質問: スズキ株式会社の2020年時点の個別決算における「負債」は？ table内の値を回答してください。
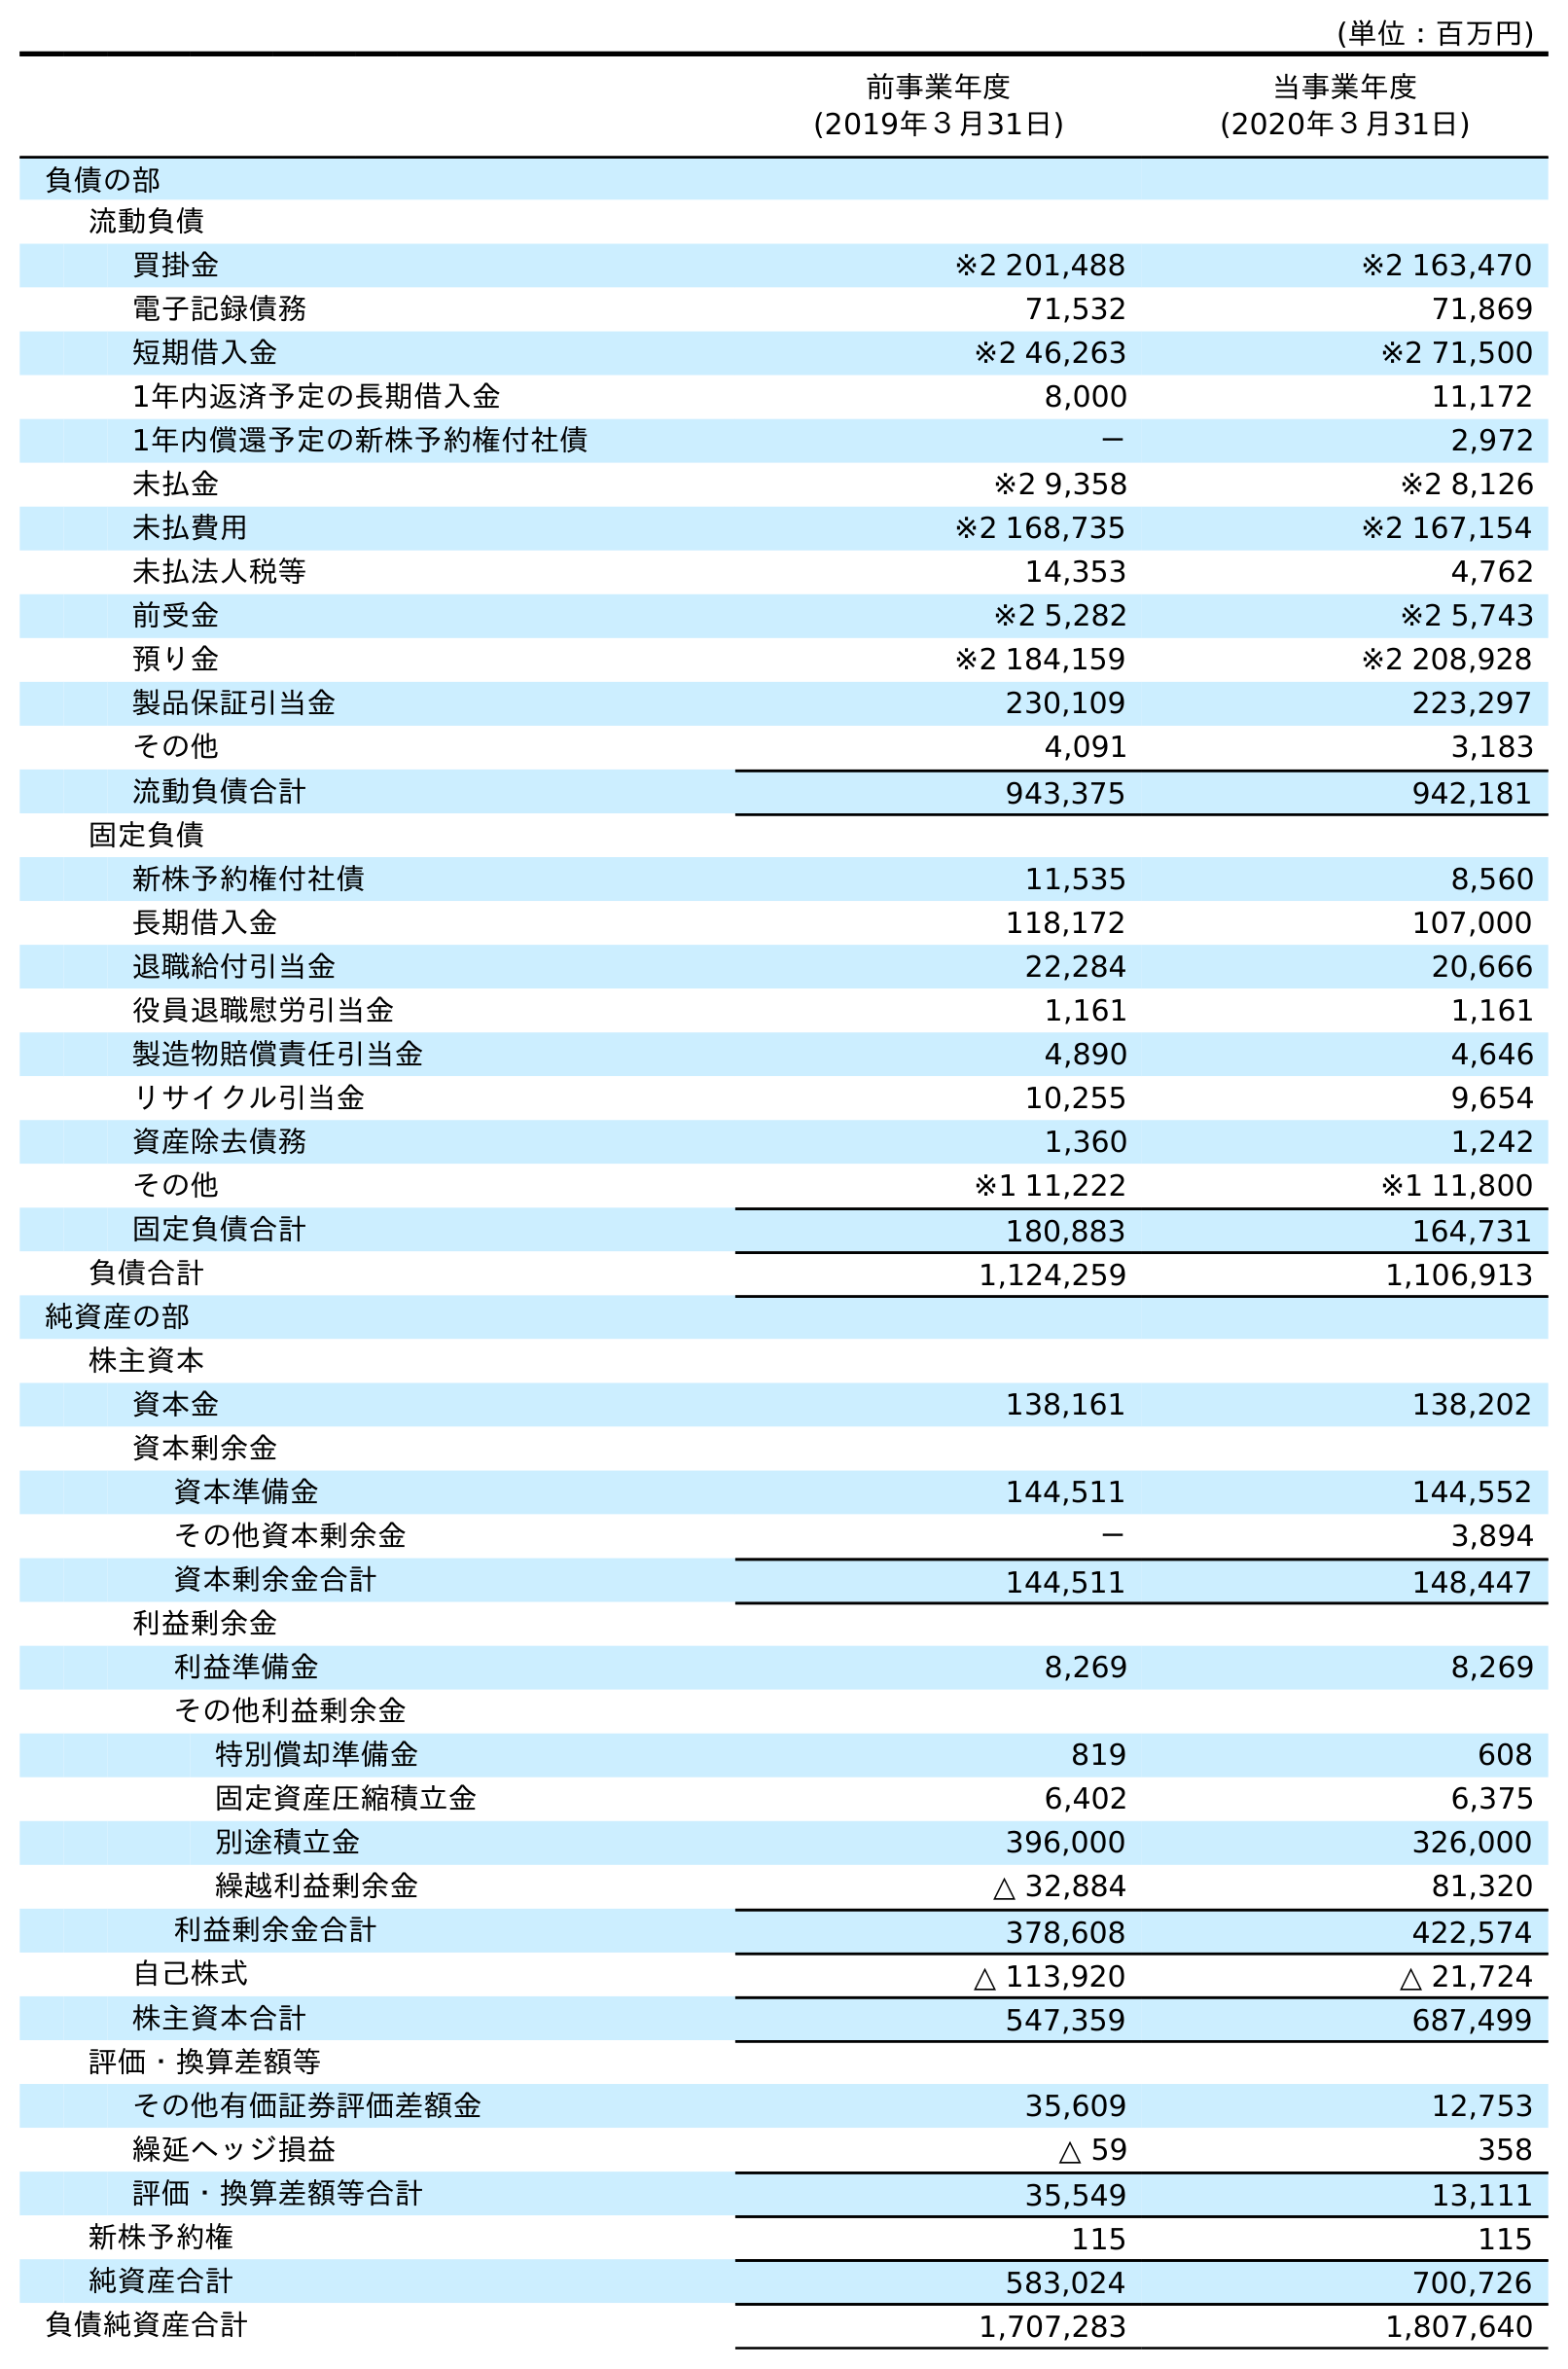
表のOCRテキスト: (単位：百万円) 前事業年度 (2019年３月31日) 当事業年度 (2020年３月31日) 負債の部 流動負債 買掛金 ※2 201,488 ※2 163,470 電子記録債務 71,532 71,869 短期借入金 ※2 46,263 ※2 71,500 1年内返済予定の長期借入金 8,000 11,172 1年内償還予定の新株予約権付社債 － 2,972 未払金 ※2 9,358 ※2 8,126 未払費用 ※2 168,735 ※2 167,154 未払法人税等 14,353 4,762 前受金 ※2 5,282 ※2 5,743 預り金 ※2 184,159 ※2 208,928 製品保証引当金 230,109 223,297 その他 4,091 3,183 流動負債合計 943,375 942,181 固定負債 新株予約権付社債 11,535 8,560 長期借入金 118,172 107,000 退職給付引当金 22,284 20,666 役員退職慰労引当金 1,161 1,161 製造物賠償責任引当金 4,890 4,646 リサイクル引当金 10,255 9,654 資産除去債務 1,360 1,242 その他 ※1 11,222 ※1 11,800 固定負債合計 180,883 164,731 負債合計 1,124,259 1,106,913 純資産の部 株主資本 資本金 138,161 138,202 資本剰余金 資本準備金 144,511 144,552 その他資本剰余金 － 3,894 資本剰余金合計 144,511 148,447 利益剰余金 利益準備金 8,269 8,269 その他利益剰余金 特別償却準備金 819 608 固定資産圧縮積立金 6,402 6,375 別途積立金 396,000 326,000 繰越利益剰余金 △ 32,884 81,320 利益剰余金合計 378,608 422,574 自己株式 △ 113,920 △ 21,724 株主資本合計 547,359 687,499 評価・換算差額等 その他有価証券評価差額金 35,609 12,753 繰延ヘッジ損益 △ 59 358 評価・換算差額等合計 35,549 13,111 新株予約権 115 115 純資産合計 583,024 700,726 負債純資産合計 1,707,283 1,807,640
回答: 1,106,913